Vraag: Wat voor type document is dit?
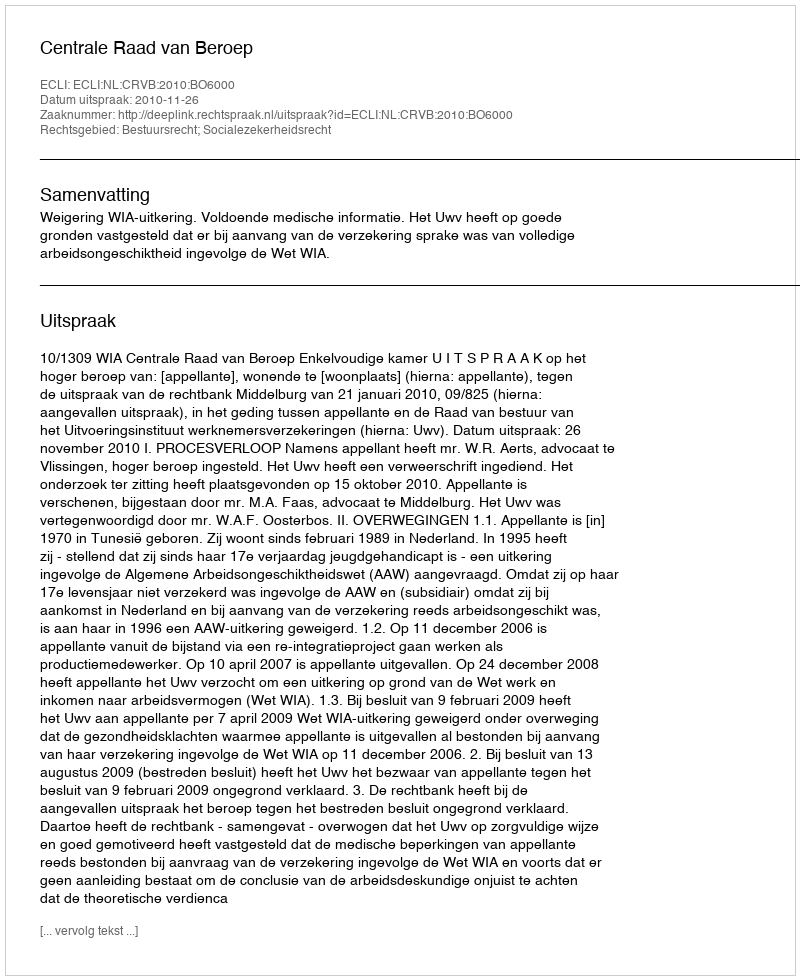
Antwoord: Uitspraak